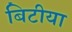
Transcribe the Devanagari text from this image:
बिटीया